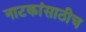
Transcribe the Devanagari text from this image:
नाटकांसाठीच